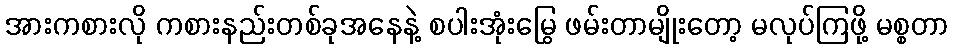
အားကစားလို ကစားနည်းတစ်ခုအနေနဲ့ စပါးအုံးမြွေ ဖမ်းတာမျိုးတော့ မလုပ်ကြဖို့ မစ္စတာ